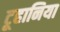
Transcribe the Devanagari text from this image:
टूहानिया